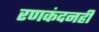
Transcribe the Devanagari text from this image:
रणकंदनही